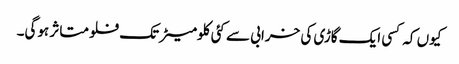
کیوں کہ کسی ایک گاڑی کی خرابی سے کئی کلومیٹر تک فلو متاثر ہوگی۔